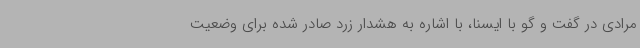
مرادی در گفت و گو با ایسنا، با اشاره به هشدار زرد صادر شده برای وضعیت